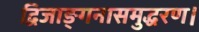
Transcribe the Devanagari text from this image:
द्विजाङ्गनासमुद्धरण।